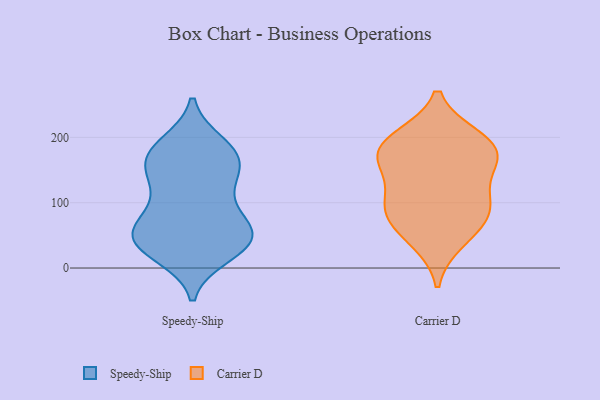
{"axis": {"x": "Operating Costs (USD K)", "y": "Value"}, "legend": ["Carrier D", "Speedy-Ship"], "data": [{"x": "", "y": 27, "type": "Speedy-Ship"}, {"x": "", "y": 62, "type": "Speedy-Ship"}, {"x": "", "y": 54, "type": "Speedy-Ship"}, {"x": "", "y": 183, "type": "Speedy-Ship"}, {"x": "", "y": 162, "type": "Speedy-Ship"}, {"x": "", "y": 45, "type": "Speedy-Ship"}, {"x": "", "y": 153, "type": "Speedy-Ship"}, {"x": "", "y": 91, "type": "Speedy-Ship"}, {"x": "", "y": 48, "type": "Speedy-Ship"}, {"x": "", "y": 51, "type": "Speedy-Ship"}, {"x": "", "y": 189, "type": "Speedy-Ship"}, {"x": "", "y": 133, "type": "Speedy-Ship"}, {"x": "", "y": 21, "type": "Speedy-Ship"}, {"x": "", "y": 175, "type": "Speedy-Ship"}, {"x": "", "y": 51, "type": "Speedy-Ship"}, {"x": "", "y": 137, "type": "Speedy-Ship"}, {"x": "", "y": 34, "type": "Speedy-Ship"}, {"x": "", "y": 100, "type": "Speedy-Ship"}, {"x": "", "y": 172, "type": "Speedy-Ship"}, {"x": "", "y": 85, "type": "Carrier D"}, {"x": "", "y": 151, "type": "Carrier D"}, {"x": "", "y": 181, "type": "Carrier D"}, {"x": "", "y": 174, "type": "Carrier D"}, {"x": "", "y": 178, "type": "Carrier D"}, {"x": "", "y": 93, "type": "Carrier D"}, {"x": "", "y": 41, "type": "Carrier D"}, {"x": "", "y": 55, "type": "Carrier D"}, {"x": "", "y": 97, "type": "Carrier D"}, {"x": "", "y": 148, "type": "Carrier D"}, {"x": "", "y": 200, "type": "Carrier D"}, {"x": "", "y": 200, "type": "Carrier D"}, {"x": "", "y": 96, "type": "Carrier D"}]}